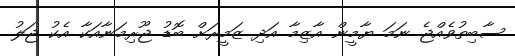
ސާބިތުވެއްޖެ ނަމަ ޔާމީން އާޒިމާ އަދި ޒަމީރަށް ބޮޑު ޖޫރިމަނާއަކާ އެކު ޖަލު